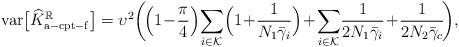
LaTeX: \begin{align*}\mathrm{var}\big[\widehat{K}_{\mathrm{a-cpt-f}}^\mathbb{R}\big] =\upsilon^2\bigg(\!\Big(1\!-\!\frac{\pi}{4}\Big)\!\sum_{i\in\mathcal{K}}\!\Big(1\!+\!\frac{1}{N_1\bar{\gamma}_i}\Big)\!+\!\sum_{i\in\mathcal{K}}\!\frac{1}{2N_1\bar{\gamma}_i}\!+\!\frac{1}{2N_2\bar{\gamma}_c}\!\bigg),\end{align*}